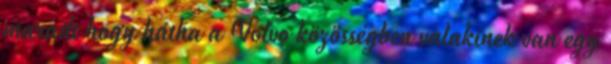
maradt hogy hátha a Volvo közösségben valakinek van egy